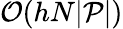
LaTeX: \mathcal{O}(hN\lvert\mathcal{P}\rvert)